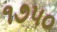
૧૭૫૦